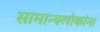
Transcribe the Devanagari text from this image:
सामान्यलोकांना